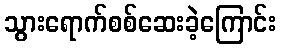
သွားရောက်စစ်ဆေးခဲ့ကြောင်း